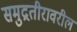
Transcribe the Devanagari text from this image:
समुद्रतीरावरील